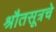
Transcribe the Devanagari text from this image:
श्रौतसूत्रचे